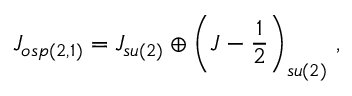
J _ { o s p ( 2 , 1 ) } = J _ { s u ( 2 ) } \oplus \left( J - \frac { 1 } { 2 } \right) _ { s u ( 2 ) } \, ,